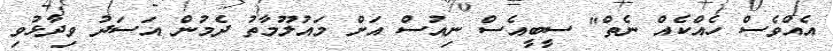
އެއްވެސް ހެއްކެއް ނެތް" ސީބީއެސް ނިއުސް އަށް މައުލޫމާތު ދެމުން އަސަދު ވިދާޅުވި